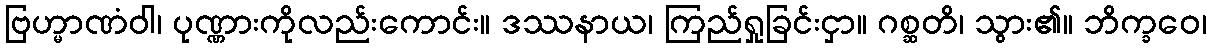
ဗြဟ္မာဏံဝါ၊ ပုဏ္ဏားကိုလည်းကောင်း။ ဒဿနာယ၊ ကြည်ရှုခြင်းငှာ။ ဂစ္ဆတိ၊ သွား၏။ ဘိက္ခဝေ၊